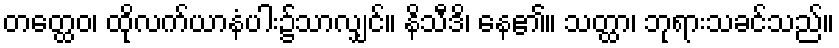
တတ္ထေဝ၊ ထိုလက်ယာနံပါး၌သာလျှင်။ နိသီဒိ၊ နေ၏။ သတ္ထာ၊ ဘုရားသခင်သည်။